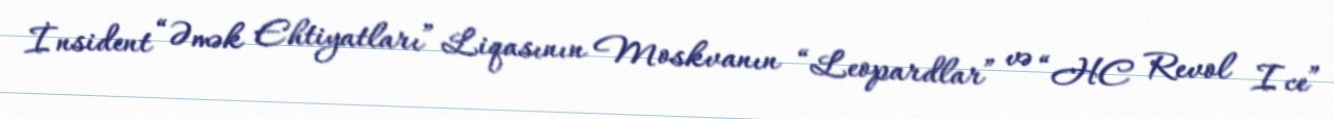
İnsident “Əmək Ehtiyatları” Liqasının Moskvanın “Leopardlar” və “HC Revol Ice”